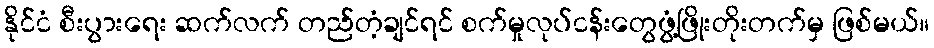
နိုင်ငံ စီးပွားရေး ဆက်လက် တည်တံ့ချင်ရင် စက်မှုလုပ်ငန်းတွေဖွံ့ဖြိုးတိုးတက်မှ ဖြစ်မယ်။